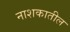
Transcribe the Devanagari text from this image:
नाशकातील